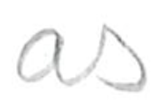
Text: as
Cross-out: clean
Writing tool: pencil